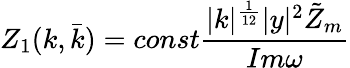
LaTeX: Z_{1}(k,\bar{k})=const\frac{|k|^{\frac{1}{12}}|y|^{2}\tilde{Z}_{m}}{Im\omega}